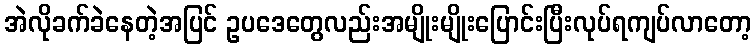
အဲလိုခက်ခဲနေတဲ့အပြင် ဥပဒေတွေလည်းအမျိုးမျိုးပြောင်းပြီးလုပ်ရကျပ်လာတော့